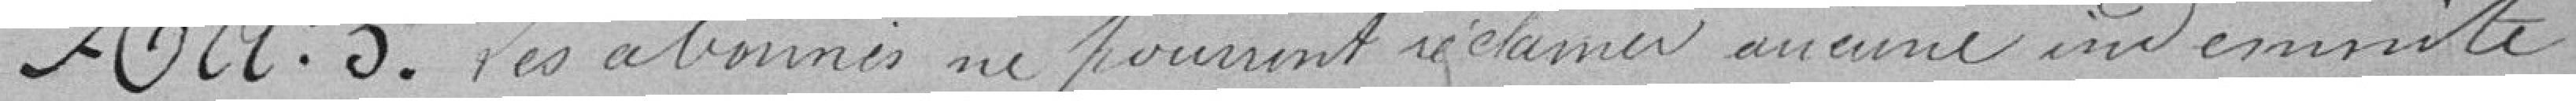
Article 5 : Les abonnés ne pourront réclamer aucune indemnité